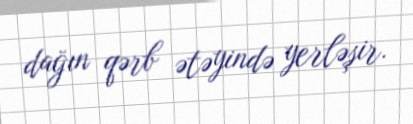
dağın qərb ətəyində yerləşir.